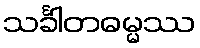
သင်္ခါတဓမ္မဿ